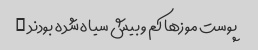
پوست موزها کم و بیش سیاه شده بودند …